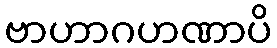
ဗာဟာဂဟဏာပိ